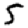
Digit: 5